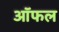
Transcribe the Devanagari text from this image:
ऑफल